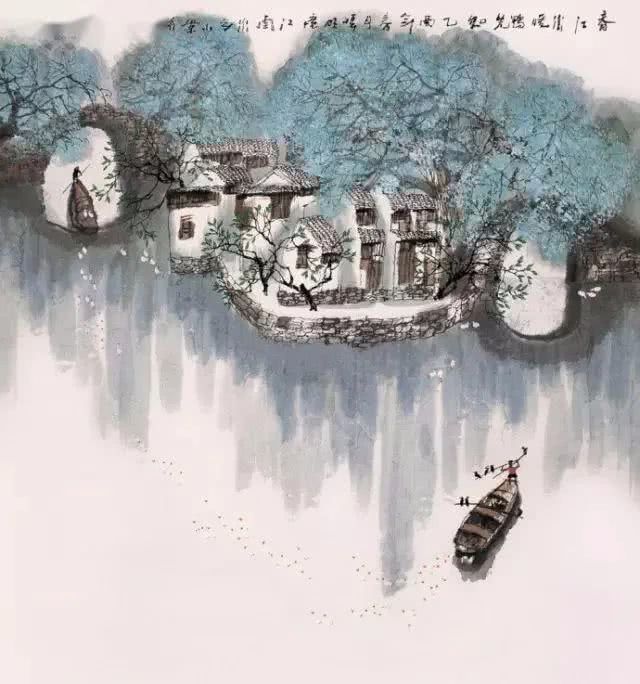
月黑见渔灯，孤光一点萤。